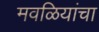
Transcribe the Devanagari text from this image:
मवळियांचा